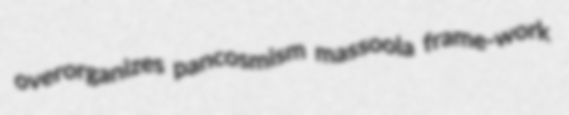
overorganizes pancosmism massoola frame-work